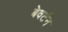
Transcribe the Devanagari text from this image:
बेवर्टन